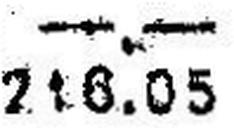
216.05